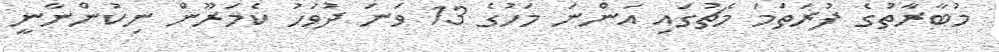
މުބާރާތުގެ ފުރަތަމަ މެޗުގައި އަންނަ މަހުގެ 13 ވަނަ ދުވަހު ކެމަރޫން ނިކުންނާނީ